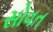
સોવત